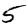
Digit: 5